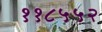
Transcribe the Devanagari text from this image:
११८५५२